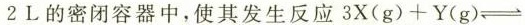
2L的密闭容器中，使其发生反应3X(g)+Y(g)\rightleftharpoons